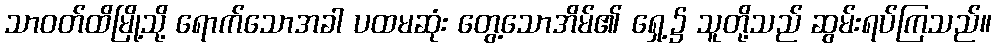
သာဝတ်ထိမြို့သို့ ရောက်သောအခါ ပထမဆုံး တွေ့သောအိမ်၏ ရှေ့၌ သူတို့သည် ဆွမ်းရပ်ကြသည်။